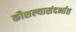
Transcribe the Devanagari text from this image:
कौशल्यासंदर्भात